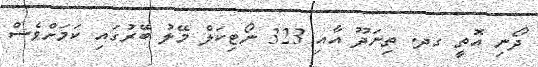
ދޯނި އޮތީ ގދ. ތިނަދޫ އާއި 323 ނޯޓިކަލް މޭލު ބޭރުގައި ކަމަށްވެސް